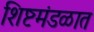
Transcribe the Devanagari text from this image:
शिष्टमंडळात